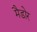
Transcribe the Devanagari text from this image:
मैडोर